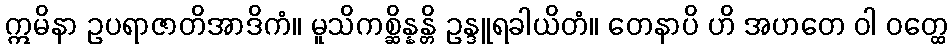
ဣမိနာ ဥပရာဇာတိအာဒိကံ။ မူသိကစ္ဆိန္နန္တိ ဥန္ဒူရခါယိတံ။ တေနာပိ ဟိ အဟတေ ဝါ ဝတ္ထေ